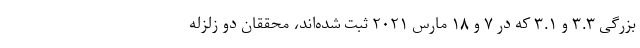
بزرگی ۳.۳ و ۳.۱ که در ۷ و ۱۸ مارس ۲۰۲۱ ثبت شده‌اند، محققان دو زلزله